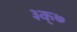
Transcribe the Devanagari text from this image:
३क्७